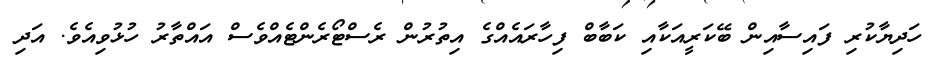
ހަދިޔާކުރި ފައިސާއިން ބޭކަރީއަކާއި ކަބާބް ފިހާރައެއްގެ އިތުރުން ރެސްޓޯރެންޓެއްވެސް އައްތާރު ހުޅުވިއެވެ. އަދި